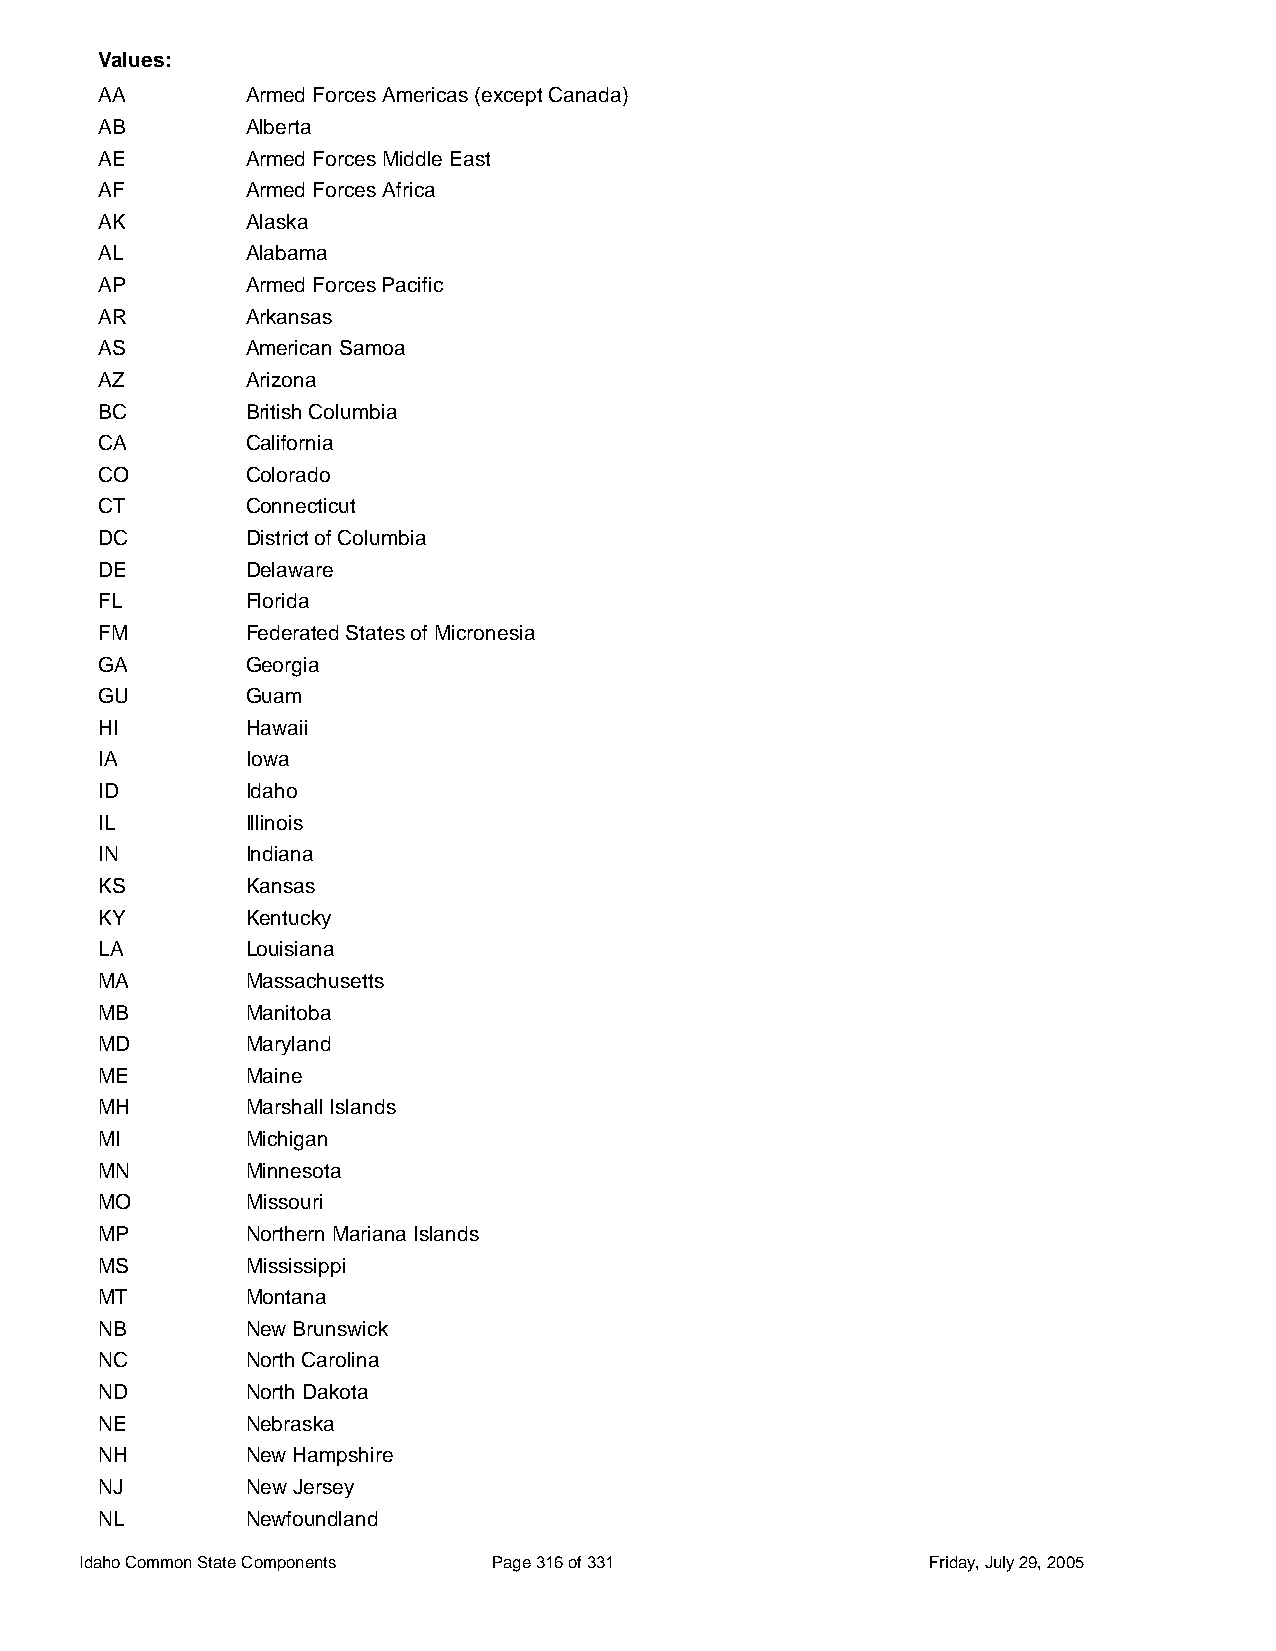
Values:
 AA        Armed Forces Americas (except Canada)
 AB        Alberta
 AE        Armed Forces Middle East
 AF        Armed Forces Africa
 AK        Alaska
 AL        Alabama
 AP        Armed Forces Pacific
 AR        Arkansas
 AS        American Samoa
 AZ        Arizona
 BC        British Columbia
 CA        California
 CO        Colorado
 CT        Connecticut
 DC        District of Columbia
 DE        Delaware
 FL        Florida
 FM        Federated States of Micronesia
 GA        Georgia
 GU        Guam
 HI        Hawaii
 IA        Iowa
 ID        Idaho
 IL        Illinois
 IN        Indiana
 KS        Kansas
 KY        Kentucky
 LA        Louisiana
 MA        Massachusetts
 MB        Manitoba
 MD        Maryland
 ME        Maine
 MH        Marshall Islands
 MI        Michigan
 MN        Minnesota
 MO        Missouri
 MP        Northern Mariana Islands
 MS        Mississippi
 MT        Montana
 NB        New Brunswick
 NC        North Carolina
 ND        North Dakota
 NE        Nebraska
 NH        New Hampshire
 NJ        New Jersey
 NL        Newfoundland
 Idaho Common State Components Page 316 of 331           Friday, July 29, 2005